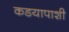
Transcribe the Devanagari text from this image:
कडयापाशी